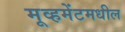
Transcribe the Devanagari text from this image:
मूव्हमेंटमधील